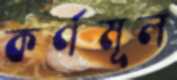
কর্ণমূল